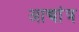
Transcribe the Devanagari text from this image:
आद्यांत्र